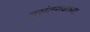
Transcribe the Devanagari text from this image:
वसंतरावांच्या